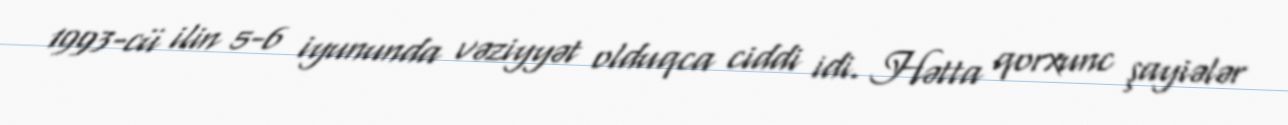
1993-cü ilin 5-6 iyununda vəziyyət olduqca ciddi idi. Hətta qorxunc şayiələr